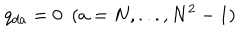
LaTeX: q _ { d a } = 0 \ \ ( a = N , . . . , N ^ { 2 } - 1 )